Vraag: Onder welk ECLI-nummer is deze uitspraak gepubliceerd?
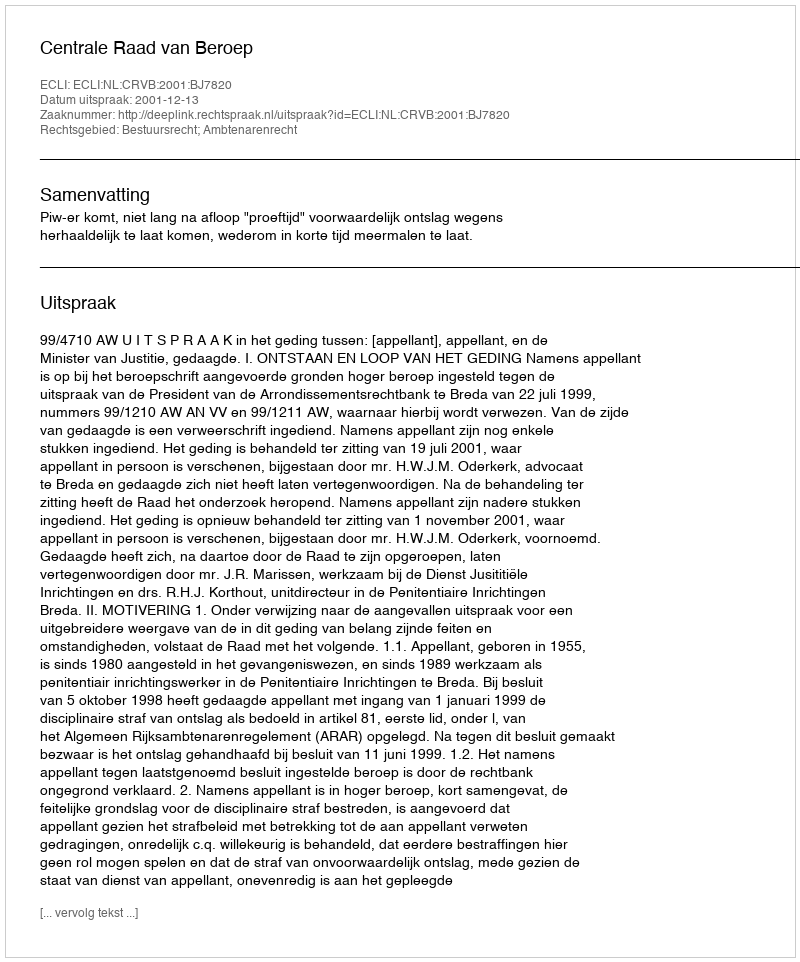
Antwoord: ECLI:NL:CRVB:2001:BJ7820